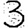
Digit: 3